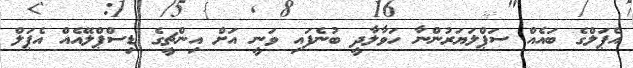
އެޕަލްގެ ބައެއް ސަޕްލަޔަރުންނާ ހަވާލާދީ ބުނެފައި ވަނީ އަށް އިންޗީގެ ޑިސްޕްލޭއެއް އެޕަލް